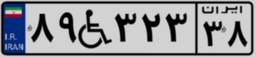
۰۵W۱۳۷۶۳